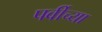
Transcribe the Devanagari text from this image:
पर्वीच्या